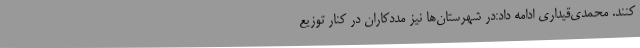
‌کنند. محمدی‌قیداری ادامه داد:در شهرستان‌ها نیز مددکاران در کنار توزیع